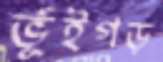
ভূঁইগড়